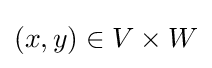
(x,y)\in V\times W